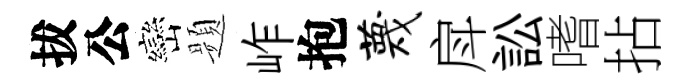
拔公巒题岞抱蔑戽訟嗜拈